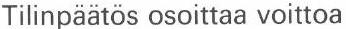
Tilinpäätös osoittaa voittoa